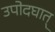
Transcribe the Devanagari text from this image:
उपोदघात्‌